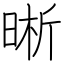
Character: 晰